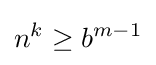
n^{k}\geq b^{m-1}